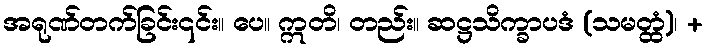
အရုဏ်တက်ခြင်း၎င်း။ ပေ။ ဣတိ၊ တည်း။ ဆဋ္ဌသိက္ခာပဒံ (သမတ္ထံ)၊ +